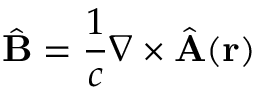
\hat { \mathbf { B } } = \frac { 1 } { c } \nabla \times \hat { \mathbf { A } } ( \mathbf { r } )